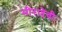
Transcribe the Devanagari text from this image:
मीरादेवी